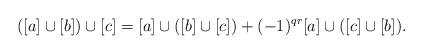
LaTeX: \begin{align*}([a]\cup [b]) \cup [c] = [a]\cup ([b] \cup [c]) + (-1)^{qr}[a]\cup ([c] \cup [b]).\end{align*}